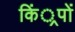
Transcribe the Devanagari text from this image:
किं्रपों